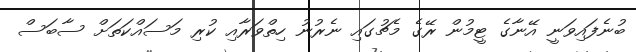
ބުނެފައިވަނީ އޭނާގެ ޓީމުން ރޭގެ މެޗުގައި ނެރުނު ހިތްވަރާއި ކުރި މަސައްކަތަށް ސާބަސް